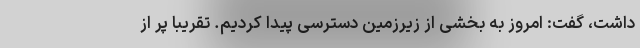
داشت، گفت: امروز به بخشی از زیرزمین دسترسی پیدا کردیم. تقریبا پر از